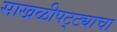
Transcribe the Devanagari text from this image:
साखळीपट्ट्याचा